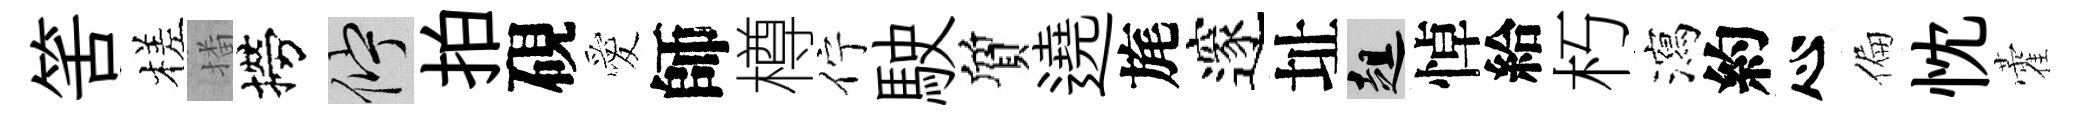
筈槎播撈伫拍硯愛師樽佇駛質遶旄邃址趄悼給朽瀉約心偏忱藿